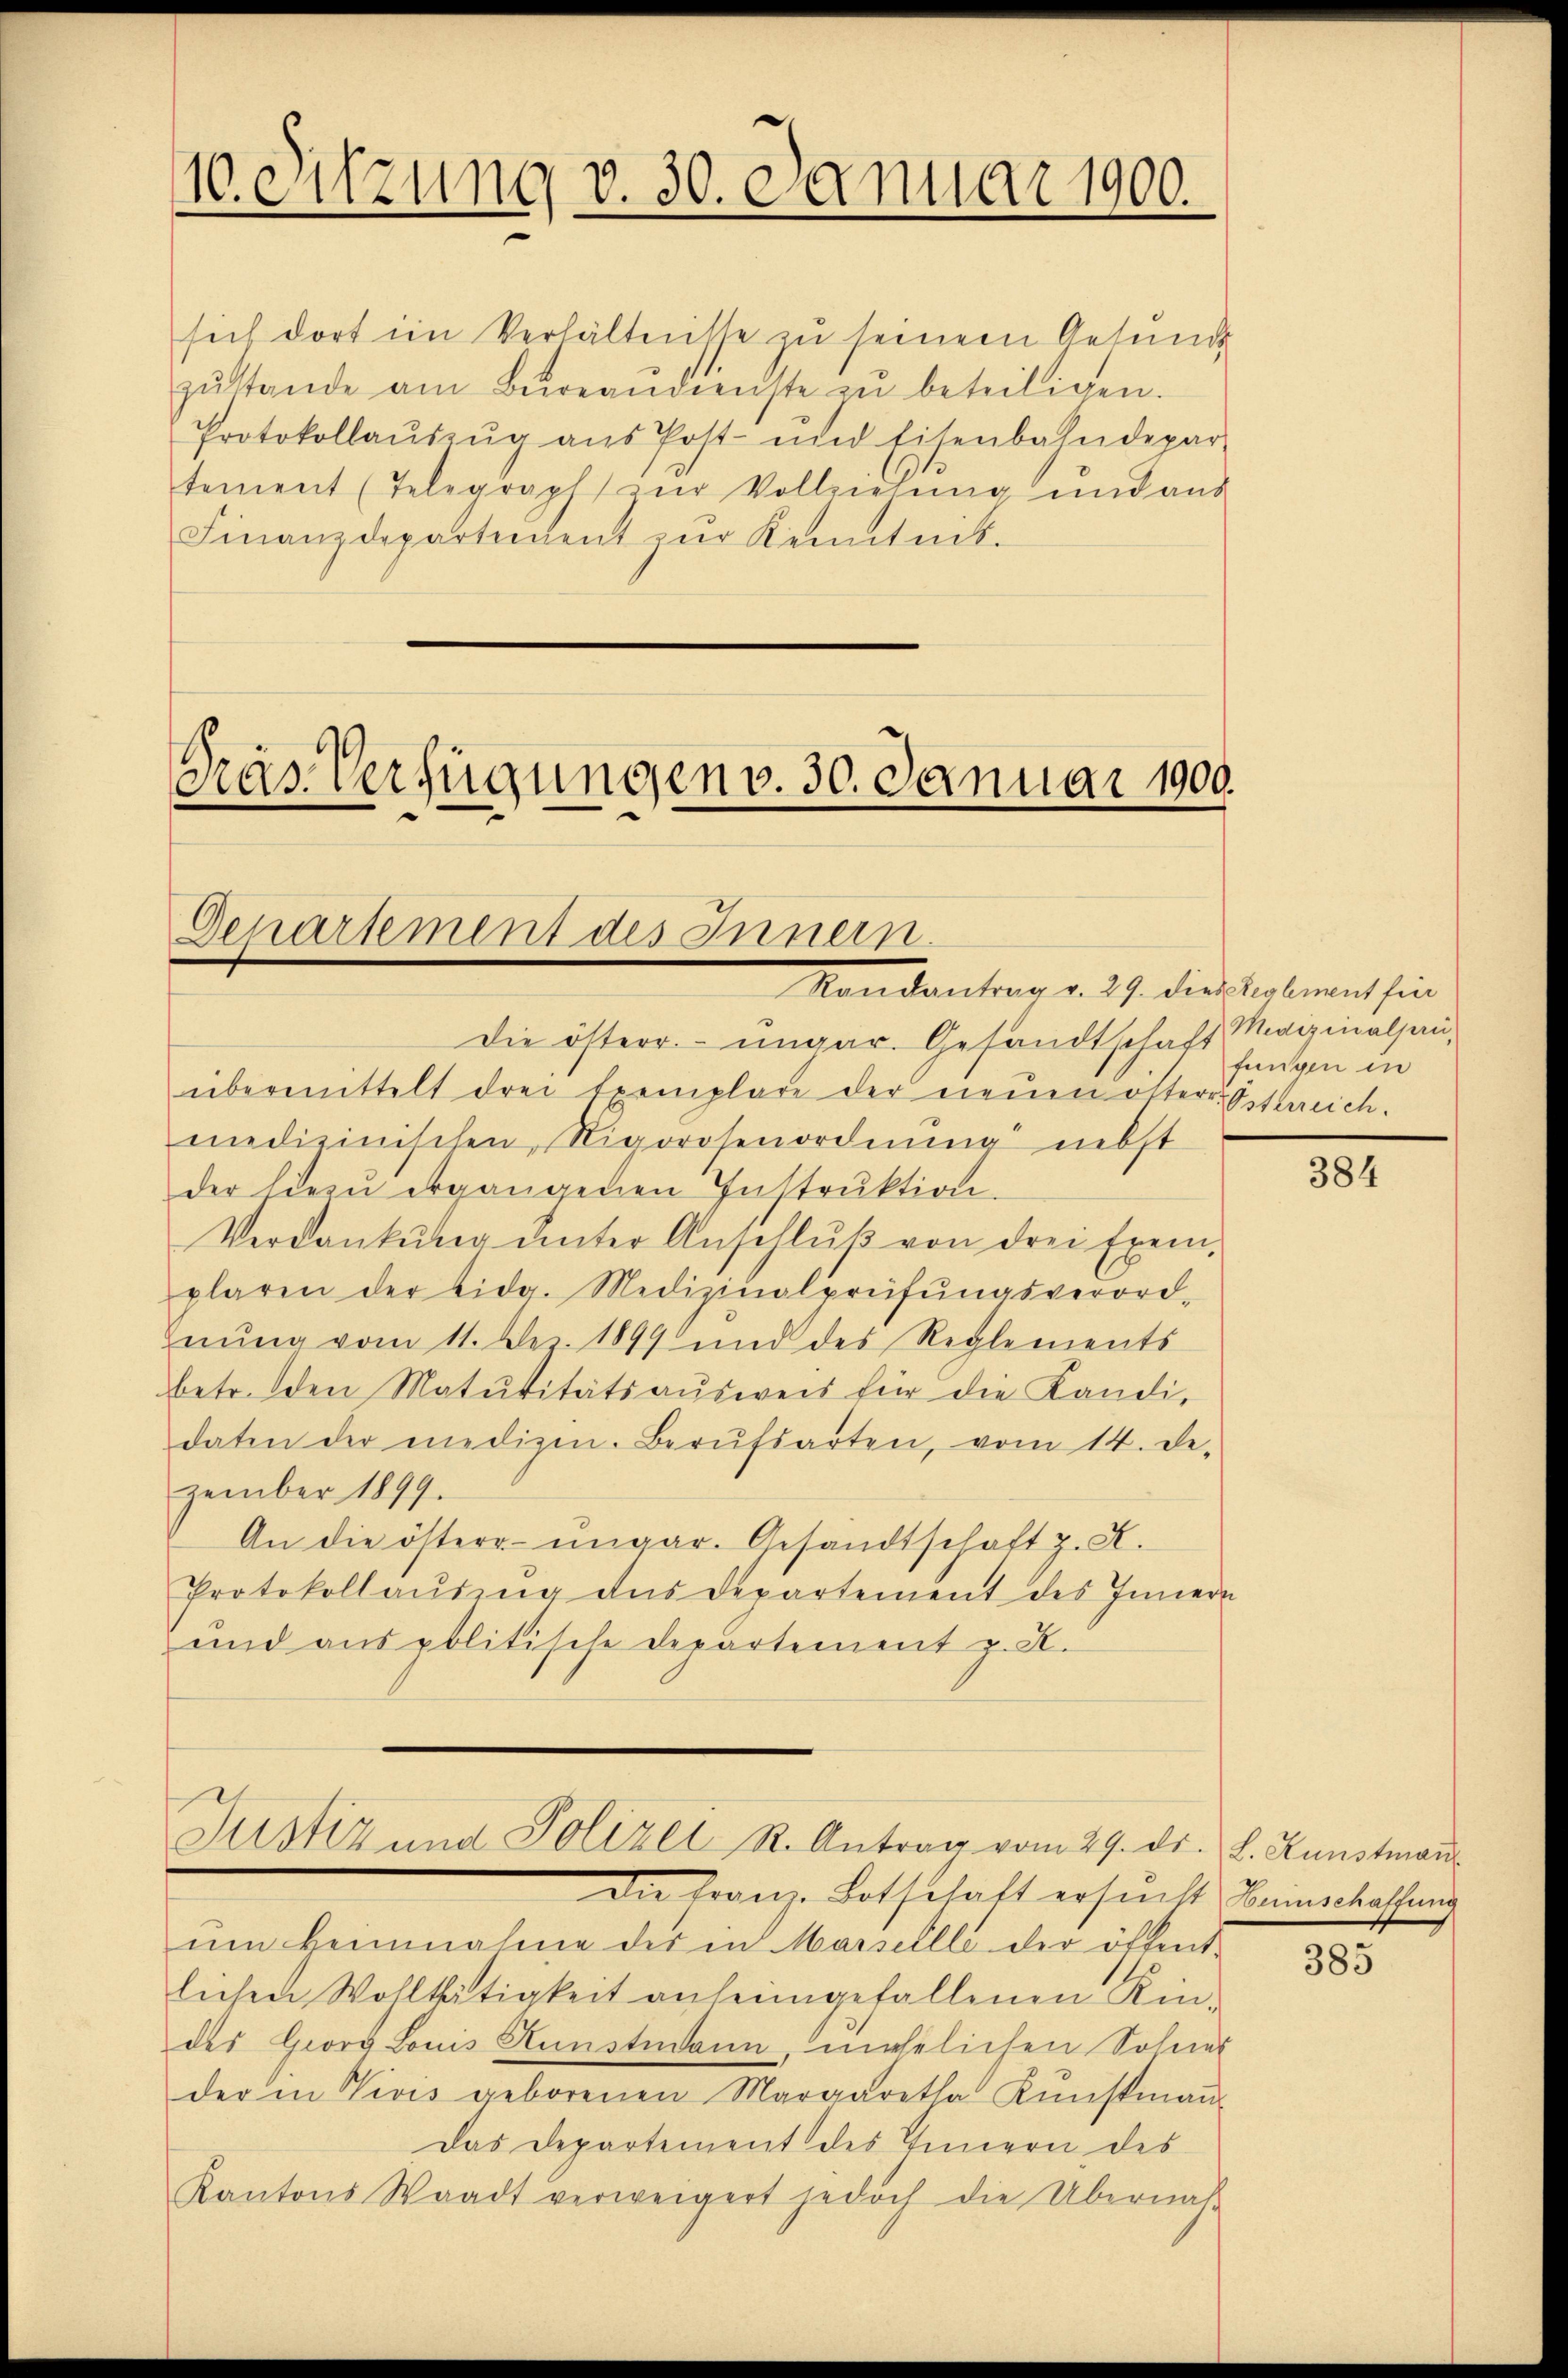
10. Sitzung v. 30. Januar 1900.

sich dort im Verhältnisse zu seinem Gesund
zŭstande am Bŭreandienste zŭ beteiligen.
Protokollaŭszŭg ans Post- und Eisenbahndepar-
tement (Telegraph zŭr Vollziehŭng und aŭs
Finanzdepartement zur Kenntnis-

das Verfügungen v. 30. Januar 1909.

Genartement des Innern.
Kondantrag v. 29. dies Volment sin

Justiz und Polizei R. Antrag vom 29. ds. L. Kunstman

Die österr. ungar. Gesandtschaft Medizinalhauübermittelt drei Exemplare der neuen öfter. Osterreich.
medizinischen Nigorosenordnŭng nebst
der hiezŭ ergangenen Instrŭktion.
Verdankŭng ŭnter Anschlŭβ von drei Exem-
plaren der eidg. Medizinalprüfŭngsverord-
hnung vom 11. Dez. 1899 und des Reglements
betr. den Matŭtitätsaŭsweis für die Kandidaten der medigen. Berŭfsarten, vom 14. De-
zember 1899.
An die österr. ungar. Gesandtschaft z. B.
Protokollausung des Departement des Innern
und aus politische Departement z. B.

Die Franz-Botschaft ersŭcht Beinerlassung
um Heimnahme des in Marsellle der öffent-
lichen Wohlthätigkeit anheimgefallenen Kin-
des Georg Louis Kunstudann, mehelichen Sohnes
der in Vivis geborenen Margaretha Kŭnstmaṅ
Das Departement des Innern des
Kantons Waadt verweigert jedoch die Übernah

fungen in

384

385